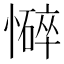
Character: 𢣃